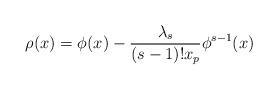
LaTeX: \begin{align*}\rho( x) &=\phi( x) - \frac{\lambda_s }{(s-1)! x_p}\phi^{s-1}( x) \end{align*}